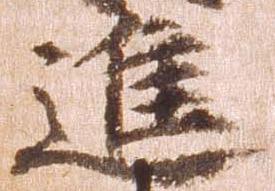
進